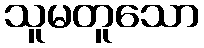
သူမတူသော